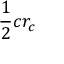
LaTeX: { \frac { 1 } { 2 } } c r _ { c }